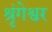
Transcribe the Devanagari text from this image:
श्रृंगेश्वर